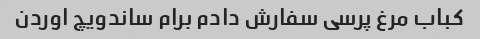
کباب مرغ پرسی سفارش دادم برام ساندویچ اوردن